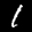
Label: 1